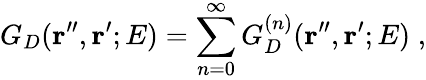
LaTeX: G_{D}({\mathbf r^{\prime\prime}},{\mathbf r^{\prime}};E)=\sum_{n=0}^{\infty}G_{D}^{(n)}({\mathbf r^{\prime\prime}},{\mathbf r^{\prime}};E)\; ,